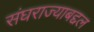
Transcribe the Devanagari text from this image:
संघराज्याबद्दल